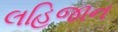
લહિજાન